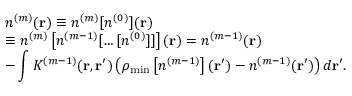
\begin{array} { l } { { \displaystyle n ^ { ( m ) } ( { \bf r } ) \equiv n ^ { ( m ) } [ n ^ { ( 0 ) } ] ( { \bf r } ) } \ ~ } \\ { { \displaystyle \equiv n ^ { ( m ) } \left[ n ^ { ( m - 1 ) } [ \ldots [ n ^ { ( 0 ) } ] ] \right] ( { \bf r } ) = n ^ { ( m - 1 ) } ( { \bf r } ) } \ ~ } \\ { { \displaystyle - \int K ^ { ( m - 1 ) } ( { \bf r , r ^ { \prime } } ) \left( \rho _ { \mathrm { m i n } } \left[ n ^ { ( m - 1 ) } \right] ( { \bf r ^ { \prime } } ) - n ^ { ( m - 1 ) } ( { \bf r ^ { \prime } } ) \right) d { \bf r ^ { \prime } } } . } \end{array}